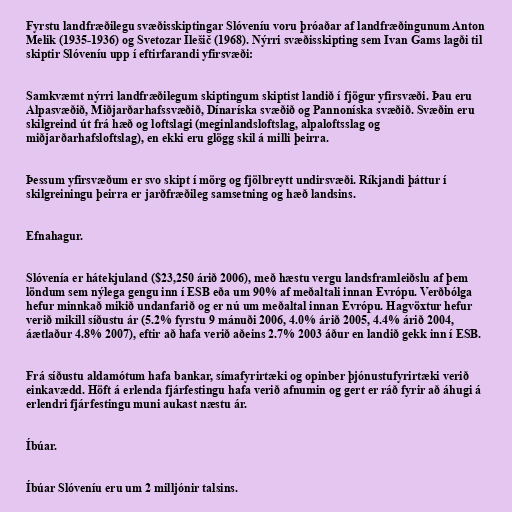
Fyrstu landfræðilegu svæðisskiptingar Slóveníu voru þróaðar af landfræðingunum Anton
Melik (1935-1936) og Svetozar Ilešič (1968). Nýrri svæðisskipting sem Ivan Gams lagði til
skiptir Slóveníu upp í eftirfarandi yfirsvæði:

Samkvæmt nýrri landfræðilegum skiptingum skiptist landið í fjögur yfirsvæði. Þau eru
Alpasvæðið, Miðjarðarhafssvæðið, Dínaríska svæðið og Pannoníska svæðið. Svæðin eru
skilgreind út frá hæð og loftslagi (meginlandsloftslag, alpaloftsslag og
miðjarðarhafsloftslag), en ekki eru glögg skil á milli þeirra.

Þessum yfirsvæðum er svo skipt í mörg og fjölbreytt undirsvæði. Ríkjandi þáttur í
skilgreiningu þeirra er jarðfræðileg samsetning og hæð landsins.

Efnahagur.

Slóvenía er hátekjuland ($23,250 árið 2006), með hæstu vergu landsframleiðslu af þem
löndum sem nýlega gengu inn í ESB eða um 90% af meðaltali innan Evrópu. Verðbólga
hefur minnkað mikið undanfarið og er nú um meðaltal innan Evrópu. Hagvöxtur hefur
verið mikill síðustu ár (5.2% fyrstu 9 mánuði 2006, 4.0% árið 2005, 4.4% árið 2004,
áætlaður 4.8% 2007), eftir að hafa verið aðeins 2.7% 2003 áður en landið gekk inn í ESB.

Frá síðustu aldamótum hafa bankar, símafyrirtæki og opinber þjónustufyrirtæki verið
einkavædd. Höft á erlenda fjárfestingu hafa verið afnumin og gert er ráð fyrir að áhugi á
erlendri fjárfestingu muni aukast næstu ár.

Íbúar.

Íbúar Slóveníu eru um 2 milljónir talsins.